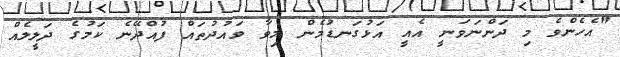
"އެހެންވެ މި ދަންނަވަނީ އެއީ އަޅުގަނޑުމެން މިވާ ވައުދުތައް ފުއްދޭނެ ކަމުގެ ދަލީލެއް